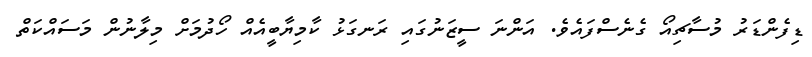
ޑިފެންޑަރު މުސާޗިއޯ ގެނެސްފައެވެ. އަންނަ ސީޒަނުގައި ރަނގަޅު ކާމިޔާބީއެއް ހޯދުމަށް މިލާނުން މަސައްކަތް